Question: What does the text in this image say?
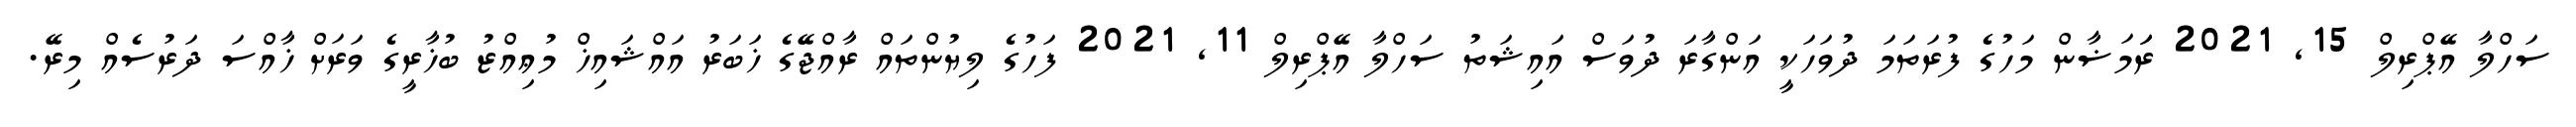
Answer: ސަހްލާ އޭޕްރިލް 15, 2021 ރަަމަޟާން މަހުގެ ފުރަތަމަ ދުވަހަކީ އަންގާރަ ދުވަސް އައިޝަތު ސަހްލާ އޭޕްރިލް 11, 2021 ފަހުގެ ލިޔުންތައް ރާއްޖޭގެ ޚަބަރު އައްޝައިޚް މުޢިއްޒު ބުޚާރީގެ ވަރަށް ޚާއްސަ ދަރުސެއް މިރޭ.